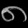
Digit: ၈